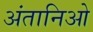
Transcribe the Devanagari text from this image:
अंतानिओ